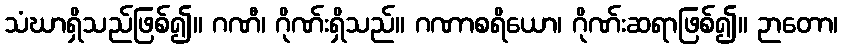
သံဃာရှိသည်ဖြစ်၍။ ဂဏီ၊ ဂိုဏ်းရှိသည်။ ဂဏာစရိယော၊ ဂိုဏ်းဆရာဖြစ်၍။ ဉာတော၊